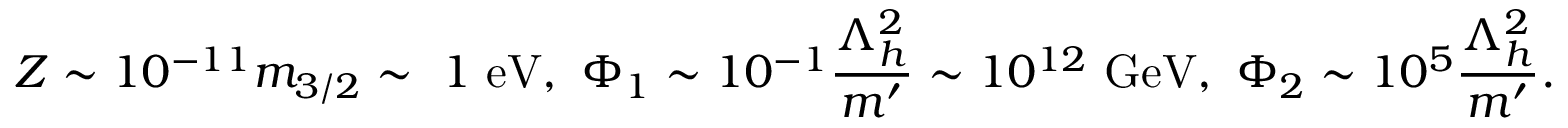
Z \sim 1 0 ^ { - 1 1 } m _ { 3 / 2 } \sim \ 1 \ \mathrm { e V } , \ \Phi _ { 1 } \sim 1 0 ^ { - 1 } \frac { \Lambda _ { h } ^ { 2 } } { m ^ { \prime } } \sim 1 0 ^ { 1 2 } \ \mathrm { G e V } , \ \Phi _ { 2 } \sim 1 0 ^ { 5 } \frac { \Lambda _ { h } ^ { 2 } } { m ^ { \prime } } .